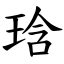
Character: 琀